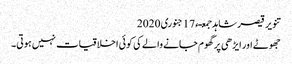
تنویر قیصر شاہد جمعـء 17 جنوری 2020
جھوٹے اور ایڑھی پر گھوم جانے والے کی کوئی اخلاقیات نہیں ہوتی۔